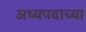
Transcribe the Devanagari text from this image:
अध्यपदाच्या